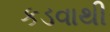
કડવાથી